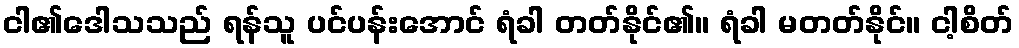
ငါ၏ဒေါသသည် ရန်သူ ပင်ပန်းအောင် ရံခါ တတ်နိုင်၏။ ရံခါ မတတ်နိုင်။ ငါ့စိတ်